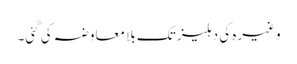
وغیرہ کی دہلیز تک بلا معاوضہ کی گئی۔